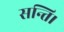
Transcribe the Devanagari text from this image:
सन्ति।